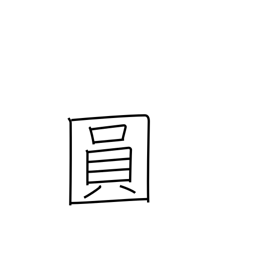
Meaning: yen